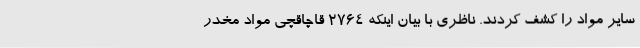
سایر مواد را کشف کردند. ناظری با بیان اینکه 2764 قاچاقچی مواد مخدر